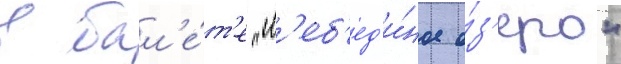
в бал'е́т'е "л'еб'ед'и́ное о́з'еро"